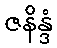
ဇနိန္ဒံ